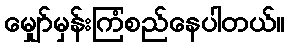
မျှော်မှန်းကြံစည်နေပါတယ်။